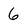
Character: 6